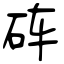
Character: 砗